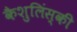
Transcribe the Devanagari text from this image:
कैशुलिंस्की